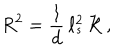
R ^ { 2 } = \frac { 1 } { d } \, \ell _ { s } ^ { 2 } \, { \cal R } \, ,